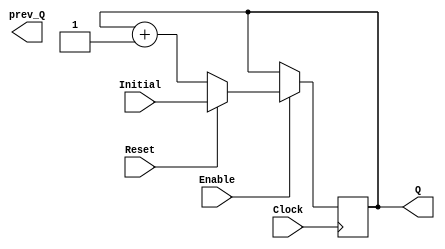
`ifndef COLLATERALS
 `define COLLATERALS


`timescale 1ns / 1ps
//------------------------------------------------
module UPCOUNTER_POSEDGE # (parameter SIZE=8) 
   (
    input wire 		  Clock, Reset,
    input wire [SIZE-1:0] Initial,
    input wire 		  Enable,
    output reg [SIZE-1:0] Q,
    output reg [SIZE-1:0] prev_Q
    );

   reg [SIZE-1:0] 	  next_Q;
   
   
   always @(*)
     begin
	next_Q = Q+1;	
	if (Reset==1) begin
	   next_Q=Initial;
	end
	if (Enable==0) begin
	   next_Q = Q;
	end
     end
   always @(posedge Clock)
     begin
	Q <= next_Q;
     end


	  
   // make reset and enable asynchronic
   /*always @(posedge Clock)
     begin
	if (Reset==1)begin
           Q <= Initial;
	   prev_Q<= Initial-1;
	end
	else begin
	     if (Enable==1) begin
		Q <= Q + 1;
		prev_Q <= Q;
	     end		
	     else begin
		Q<=prev_Q;
		prev_Q <= prev_Q;		
	     end
	end // else: !if(Reset==1)	
     end*/
   
endmodule // UPCOUNTER_POSEDGE

//----------------------------------------------------
module FFD_POSEDGE_SYNCHRONOUS_RESET # ( parameter SIZE=8 )
   (
    input wire 		  Clock,
    input wire 		  Reset,
    input wire 		  Enable,
    input wire [SIZE-1:0] D,
    output reg [SIZE-1:0] Q
    );
   
   
   always @ (posedge Clock) 
     begin
	if ( Reset )
	  Q <= 0;
	else
	  begin	
	     if (Enable) 
	       Q <= D; 
	  end	
	
  end//always
   
endmodule // FFD_POSEDGE_SYNCRONOUS_RESET
/*
module MUX4 #(parameter DATA_SIZE = 16)
   (
    input wire [1:0] 	       control,
    input wire [DATA_SIZE-1:0] input_data_a,
    input wire [DATA_SIZE-1:0] input_data_b,
    input wire [DATA_SIZE-1:0] input_data_c,
    input wire [DATA_SIZE-1:0] input_data_d,
    output reg [DATA_SIZE-1:0] selected_data
    );

    always @ (*)
      begin
	 case (control)
	    2'b00: selected_data = input_data_a;
	    2'b01: selected_data = input_data_b;
	    2'b10: selected_data = input_data_c;
	    2'b11: selected_data = input_data_d;
	 endcase
      end

endmodule // MUX4
*/
//----------------------------------------------------------------------


`endif